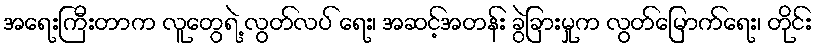
အရေးကြီးတာက လူတွေရဲ့ လွတ်လပ် ရေး၊ အဆင့်အတန်း ခွဲခြားမှုက လွတ်မြောက်ရေး၊ တိုင်း